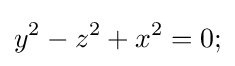
y^{2}-z^{2}+x^{2}=0;